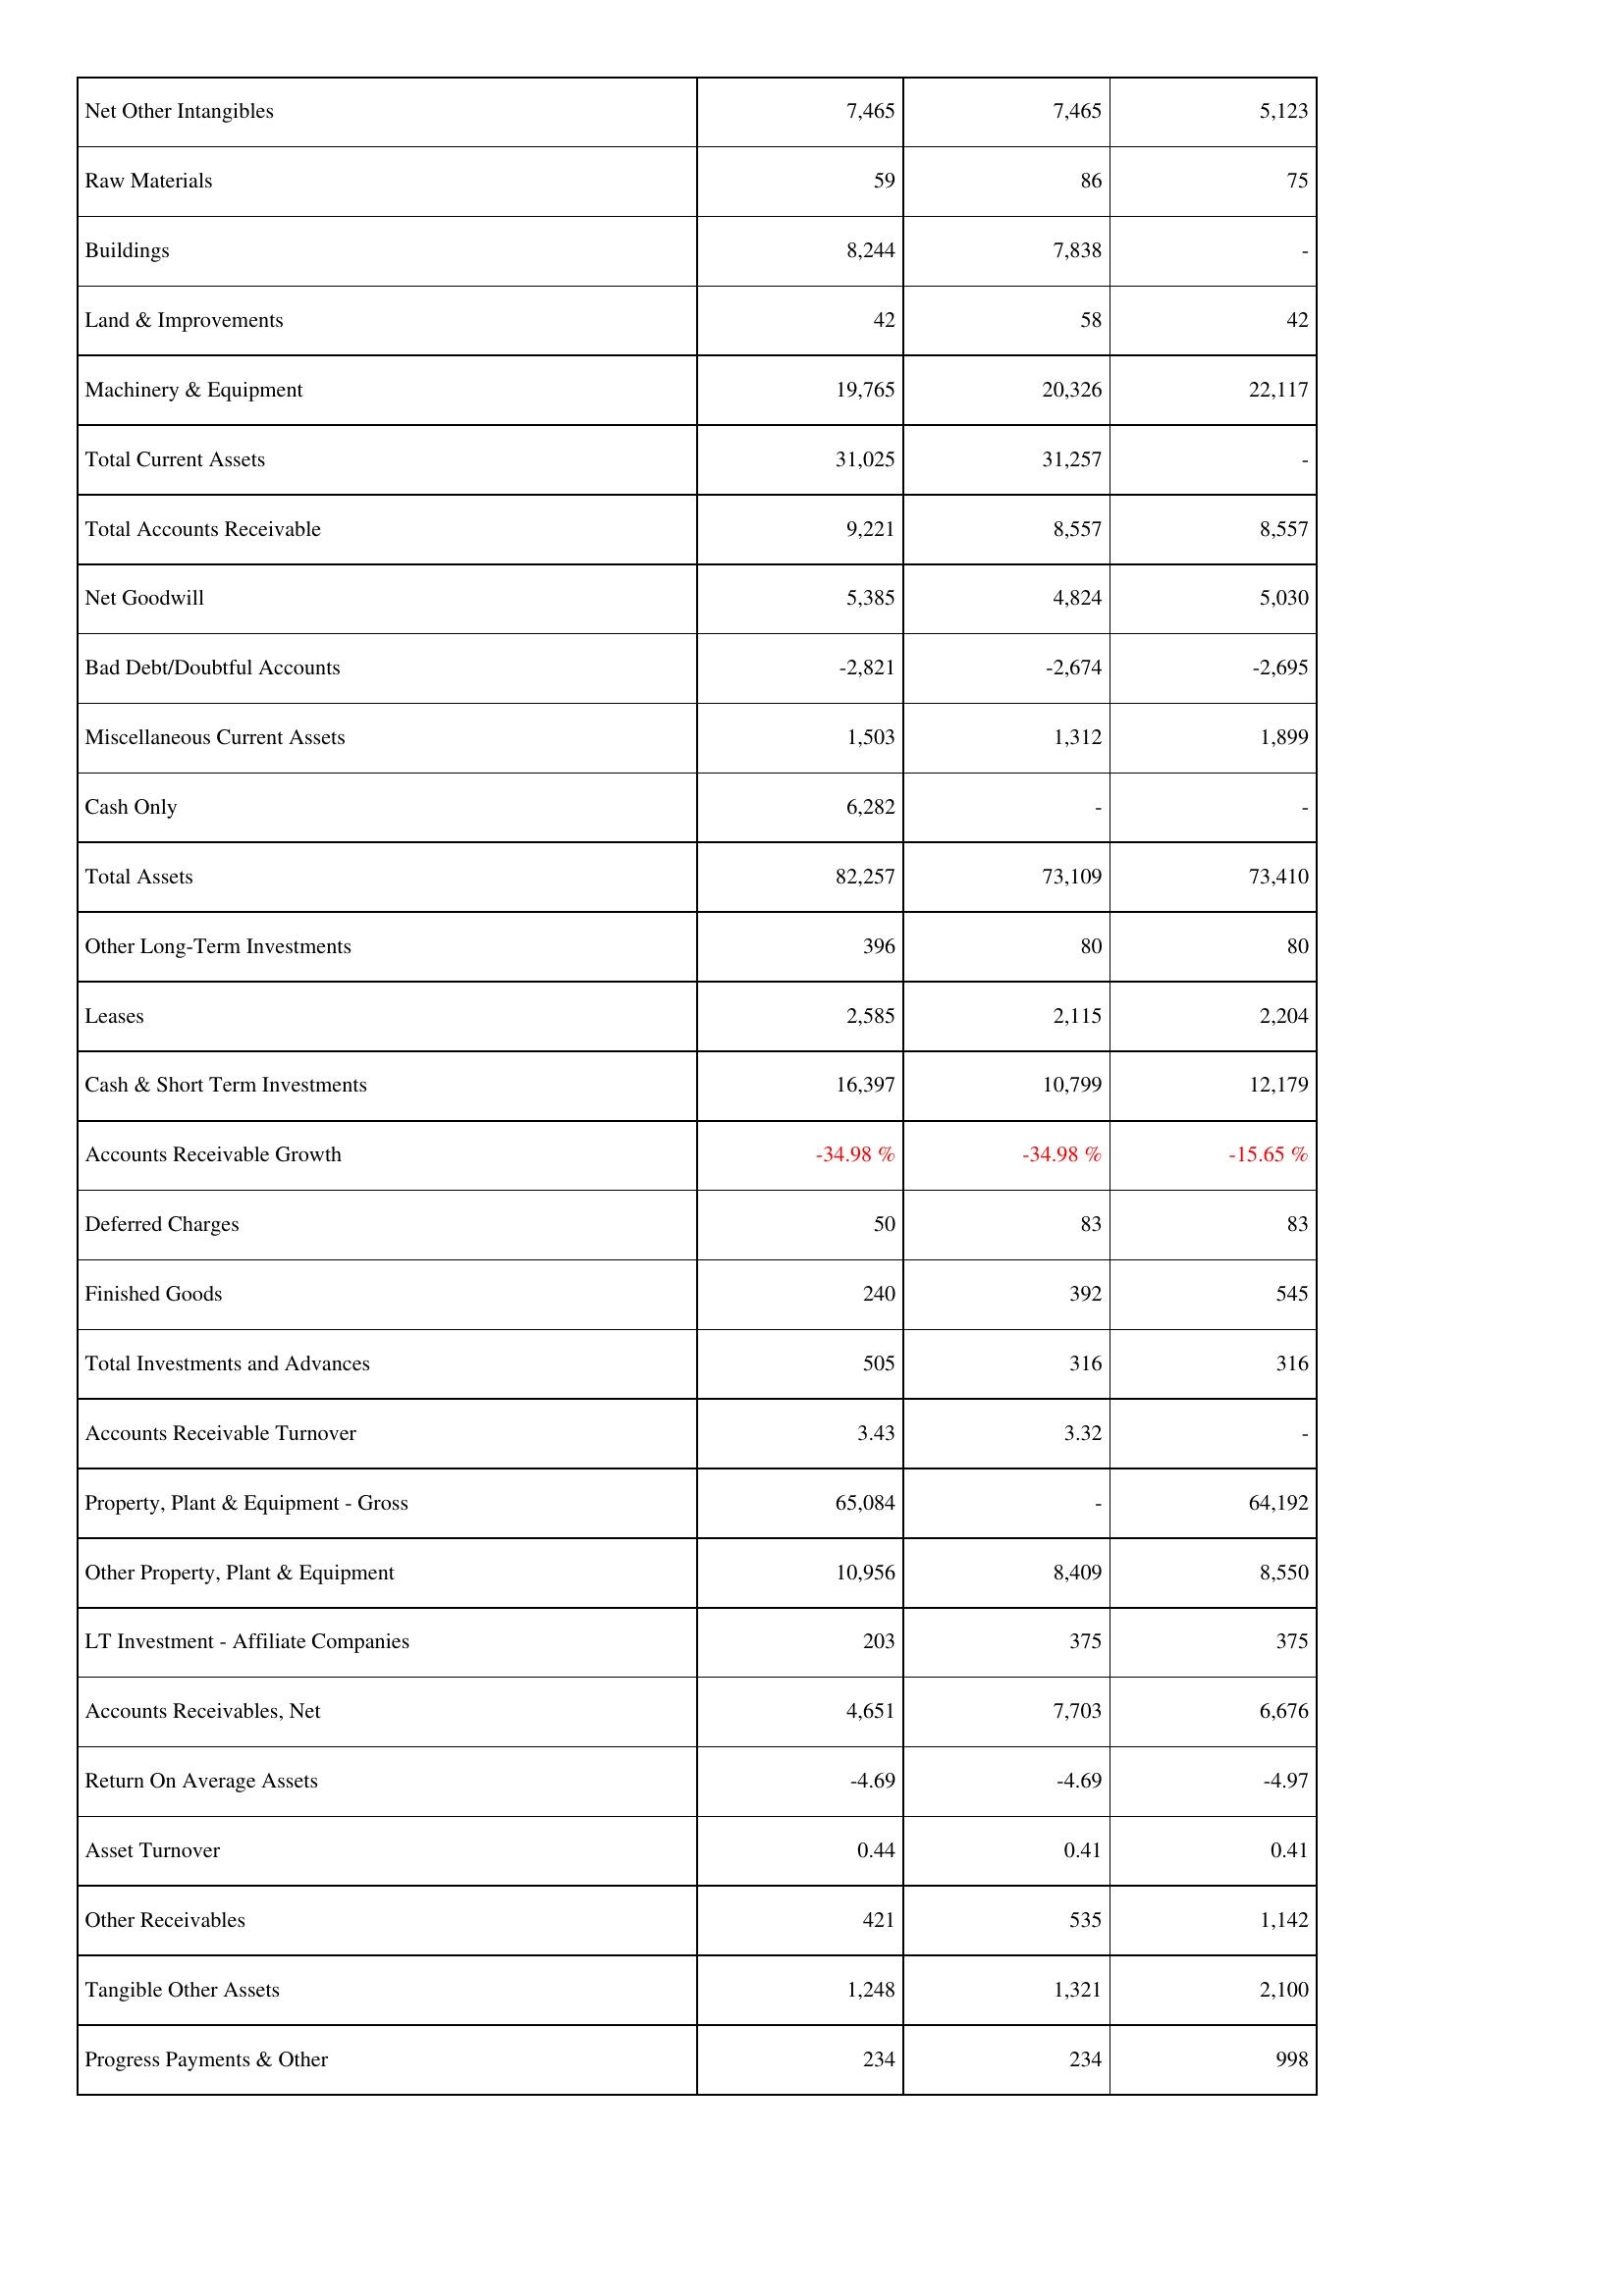
2022: Assets: Net Other Intangibles: 7,465
Raw Materials: 59
Buildings: 8,244
Land & Improvements: 42
Machinery & Equipment: 19,765
Total Current Assets: 31,025
Total Accounts Receivable: 9,221
Net Goodwill: 5,385
Bad Debt/Doubtful Accounts: -2,821
Miscellaneous Current Assets: 1,503
Cash Only: 6,282
Total Assets: 82,257
Other Long-Term Investments: 396
Leases: 2,585
Cash & Short Term Investments: 16,397
Accounts Receivable Growth: -34.98 %
Deferred Charges: 50
Finished Goods: 240
Total Investments and Advances: 505
Accounts Receivable Turnover: 3.43
Property, Plant & Equipment - Gross: 65,084
Other Property, Plant & Equipment: 10,956
LT Investment - Affiliate Companies: 203
Accounts Receivables, Net: 4,651
Return On Average Assets: -4.69
Asset Turnover: 0.44
Other Receivables: 421
Tangible Other Assets: 1,248
Progress Payments & Other: 234
2021: Assets: Net Other Intangibles: 7,465
Raw Materials: 86
Buildings: 7,838
Land & Improvements: 58
Machinery & Equipment: 20,326
Total Current Assets: 31,257
Total Accounts Receivable: 8,557
Net Goodwill: 4,824
Bad Debt/Doubtful Accounts: -2,674
Miscellaneous Current Assets: 1,312
Cash Only: -
Total Assets: 73,109
Other Long-Term Investments: 80
Leases: 2,115
Cash & Short Term Investments: 10,799
Accounts Receivable Growth: -34.98 %
Deferred Charges: 83
Finished Goods: 392
Total Investments and Advances: 316
Accounts Receivable Turnover: 3.32
Property, Plant & Equipment - Gross: -
Other Property, Plant & Equipment: 8,409
LT Investment - Affiliate Companies: 375
Accounts Receivables, Net: 7,703
Return On Average Assets: -4.69
Asset Turnover: 0.41
Other Receivables: 535
Tangible Other Assets: 1,321
Progress Payments & Other: 234
2020: Assets: Net Other Intangibles: 5,123
Raw Materials: 75
Buildings: -
Land & Improvements: 42
Machinery & Equipment: 22,117
Total Current Assets: -
Total Accounts Receivable: 8,557
Net Goodwill: 5,030
Bad Debt/Doubtful Accounts: -2,695
Miscellaneous Current Assets: 1,899
Cash Only: -
Total Assets: 73,410
Other Long-Term Investments: 80
Leases: 2,204
Cash & Short Term Investments: 12,179
Accounts Receivable Growth: -15.65 %
Deferred Charges: 83
Finished Goods: 545
Total Investments and Advances: 316
Accounts Receivable Turnover: -
Property, Plant & Equipment - Gross: 64,192
Other Property, Plant & Equipment: 8,550
LT Investment - Affiliate Companies: 375
Accounts Receivables, Net: 6,676
Return On Average Assets: -4.97
Asset Turnover: 0.41
Other Receivables: 1,142
Tangible Other Assets: 2,100
Progress Payments & Other: 998